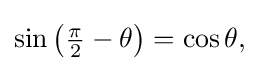
{\textstyle \sin \left({\frac {\pi }{2}}-\theta \right)=\cos \theta ,}